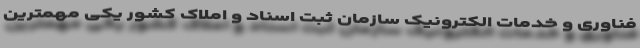
فناوری و خدمات الکترونیک سازمان ثبت اسناد و املاک کشور یکی مهمترین